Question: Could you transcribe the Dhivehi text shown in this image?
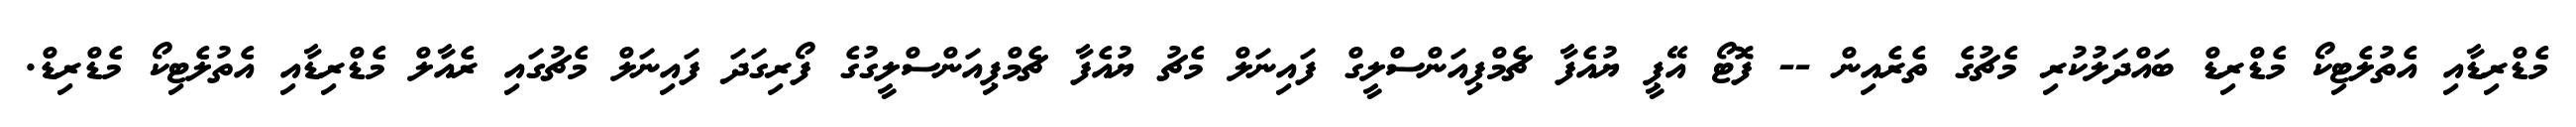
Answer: މެޑްރިޑާއި އެތުލެޓިކޯ މެޑްރިޑް ބައްދަލުކުރި މެޗުގެ ތެރެއިން -- ފޮޓޯ އޭޕީ ޔުއެފާ ޗެމްޕިއަންސްލީގް ފައިނަލް މެޗު ޔުއެފާ ޗެމްޕިއަންސްލީގުގެ ފޯރިގަދަ ފައިނަލް މެޗުގައި ރެއާލް މެޑްރިޑާއި އެތުލެޓިކޯ މެޑްރިޑް.